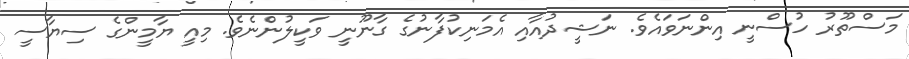
މަސްތޫރު ހުސްނީ އިންނަވައެވެ. ނަޝީދުއާއި އެމަނިކުފާނުގެ ގާނޫނީ ވަކީލުންނެވެ. މިއީ ޔާމީންގެ ސިޔާސީ